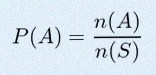
P(A)=\frac{n(A)}{n(S)}